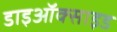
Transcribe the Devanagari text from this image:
डाइऑक्‍साइड